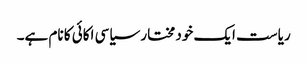
ریاست ایک خود مختار سیاسی اکائی کا نام ہے۔